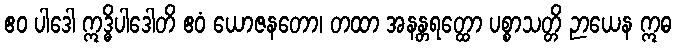
ဧဝ ပါဒေါ ဣဒ္ဓိပါဒေါတိ ဧဝံ ယောဇနတော၊ တထာ အနန္တရတ္ထော ပစ္စာသတ္တိ ဉာယေန ဣဓ